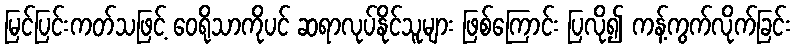
မြင်ပြင်းကတ်သဖြင့် ဝေရိုသာကိုပင် ဆရာလုပ်နိုင်သူများ ဖြစ်ကြောင်း ပြလို၍ ကန့်ကွက်လိုက်ခြင်း